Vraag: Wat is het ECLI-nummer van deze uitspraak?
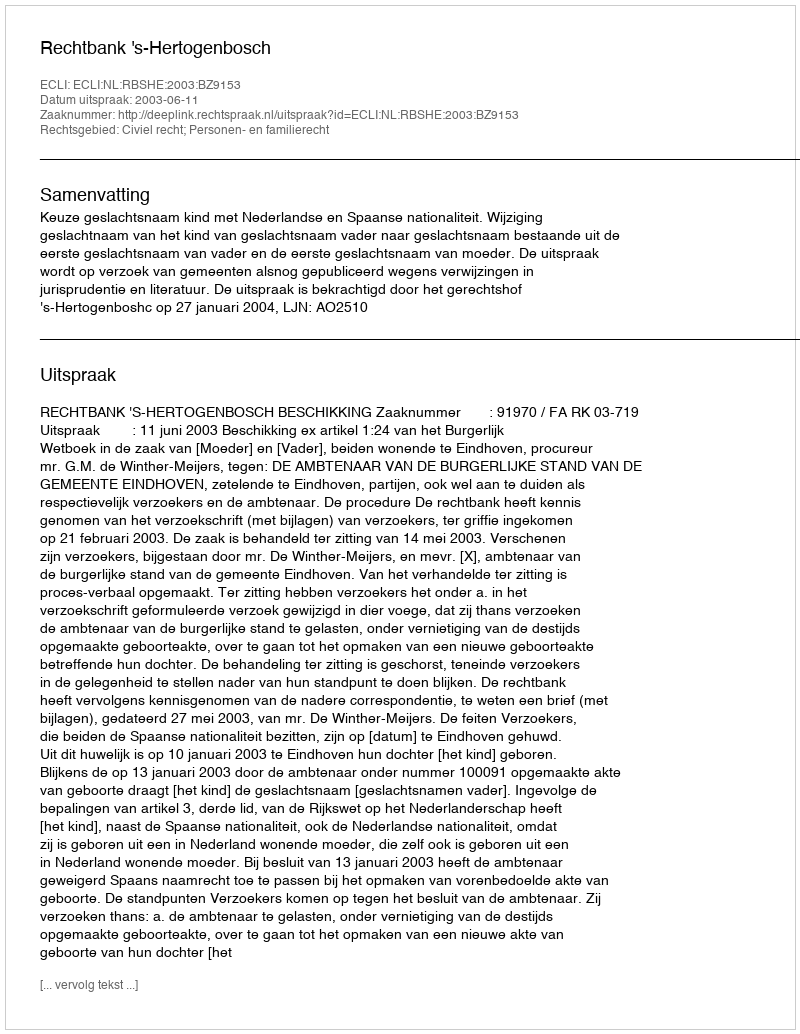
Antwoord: ECLI:NL:RBSHE:2003:BZ9153